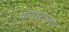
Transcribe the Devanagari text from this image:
मोराझानला